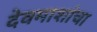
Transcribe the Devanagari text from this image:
देवमाशांचा